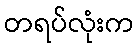
တရပ်လုံးက